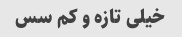
خیلی تازه و کم سس